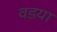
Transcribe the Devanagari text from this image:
वडया